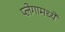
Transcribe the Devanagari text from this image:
प्लेगामध्ये